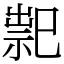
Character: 䄐